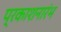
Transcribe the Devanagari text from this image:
प्रकाशनारंभ